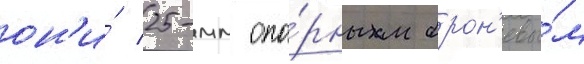
он'и́ 25-мм опо́рным брон'евы́м